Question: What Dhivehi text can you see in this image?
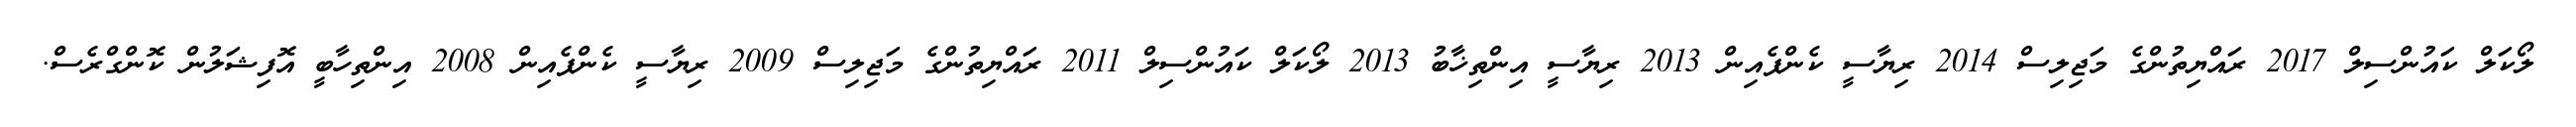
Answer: ލޯކަލް ކައުންސިލް 2017 ރައްޔިތުންގެ މަޖިލިސް 2014 ރިޔާސީ ކެންޕެއިން 2013 ރިޔާސީ އިންތިޚާބު 2013 ލޯކަލް ކައުންސިލް 2011 ރައްޔިތުންގެ މަޖިލިސް 2009 ރިޔާސީ ކެންޕެއިން 2008 އިންތިހާބީ އޮފިޝަލުން ކޮންގްރެސް.